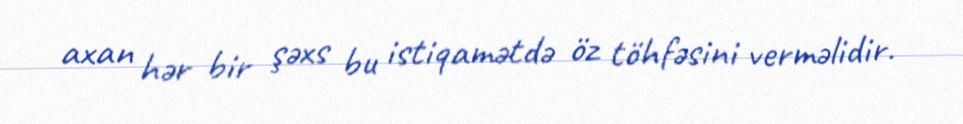
axan hər bir şəxs bu istiqamətdə öz töhfəsini verməlidir.